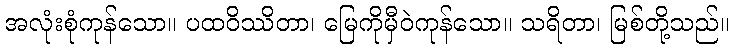
အလုံးစုံကုန်သော။ ပထဝိဿိတာ၊ မြေကိုမှီဝဲကုန်သော။ သရိတာ၊ မြစ်တို့သည်။